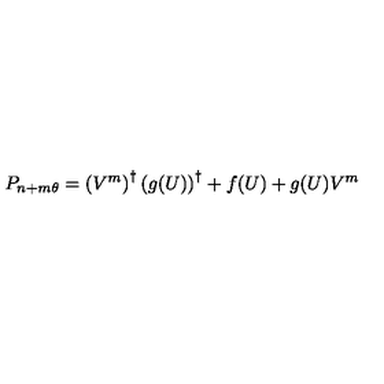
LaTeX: P _ { n + m \theta } = \left( V ^ { m } \right) ^ { \dagger } \left( { g } ( U ) \right) ^ { \dagger } + f ( U ) + g ( U ) V ^ { m }